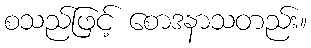
စသည်ဖြင့် စောဒနာသတည်း။